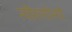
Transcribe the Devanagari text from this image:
न्यीरागोन्गो